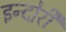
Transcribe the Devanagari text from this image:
इन्दोरी